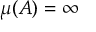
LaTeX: \mu ( A ) = \infty